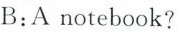
B:A notebook?